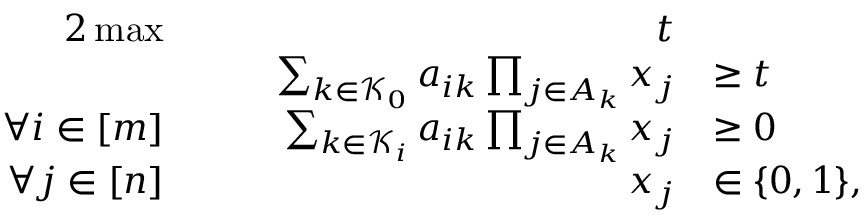
\begin{array} { r l r l } { { 2 } \operatorname* { m a x } } & { } & { \quad t } \\ & { } & { \quad \sum _ { k \in { \mathcal K } _ { 0 } } a _ { i k } \prod _ { j \in A _ { k } } x _ { j } } & { \ge t } \\ { \forall i \in [ m ] } & { } & { \quad \sum _ { k \in { \mathcal K } _ { i } } a _ { i k } \prod _ { j \in A _ { k } } x _ { j } } & { \ge 0 } \\ { \forall j \in [ n ] } & { } & { \quad x _ { j } } & { \in \{ 0 , 1 \} , } \end{array}